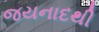
જયનાદથી